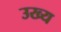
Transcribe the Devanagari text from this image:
उख्य